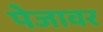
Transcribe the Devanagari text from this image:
पेजावर